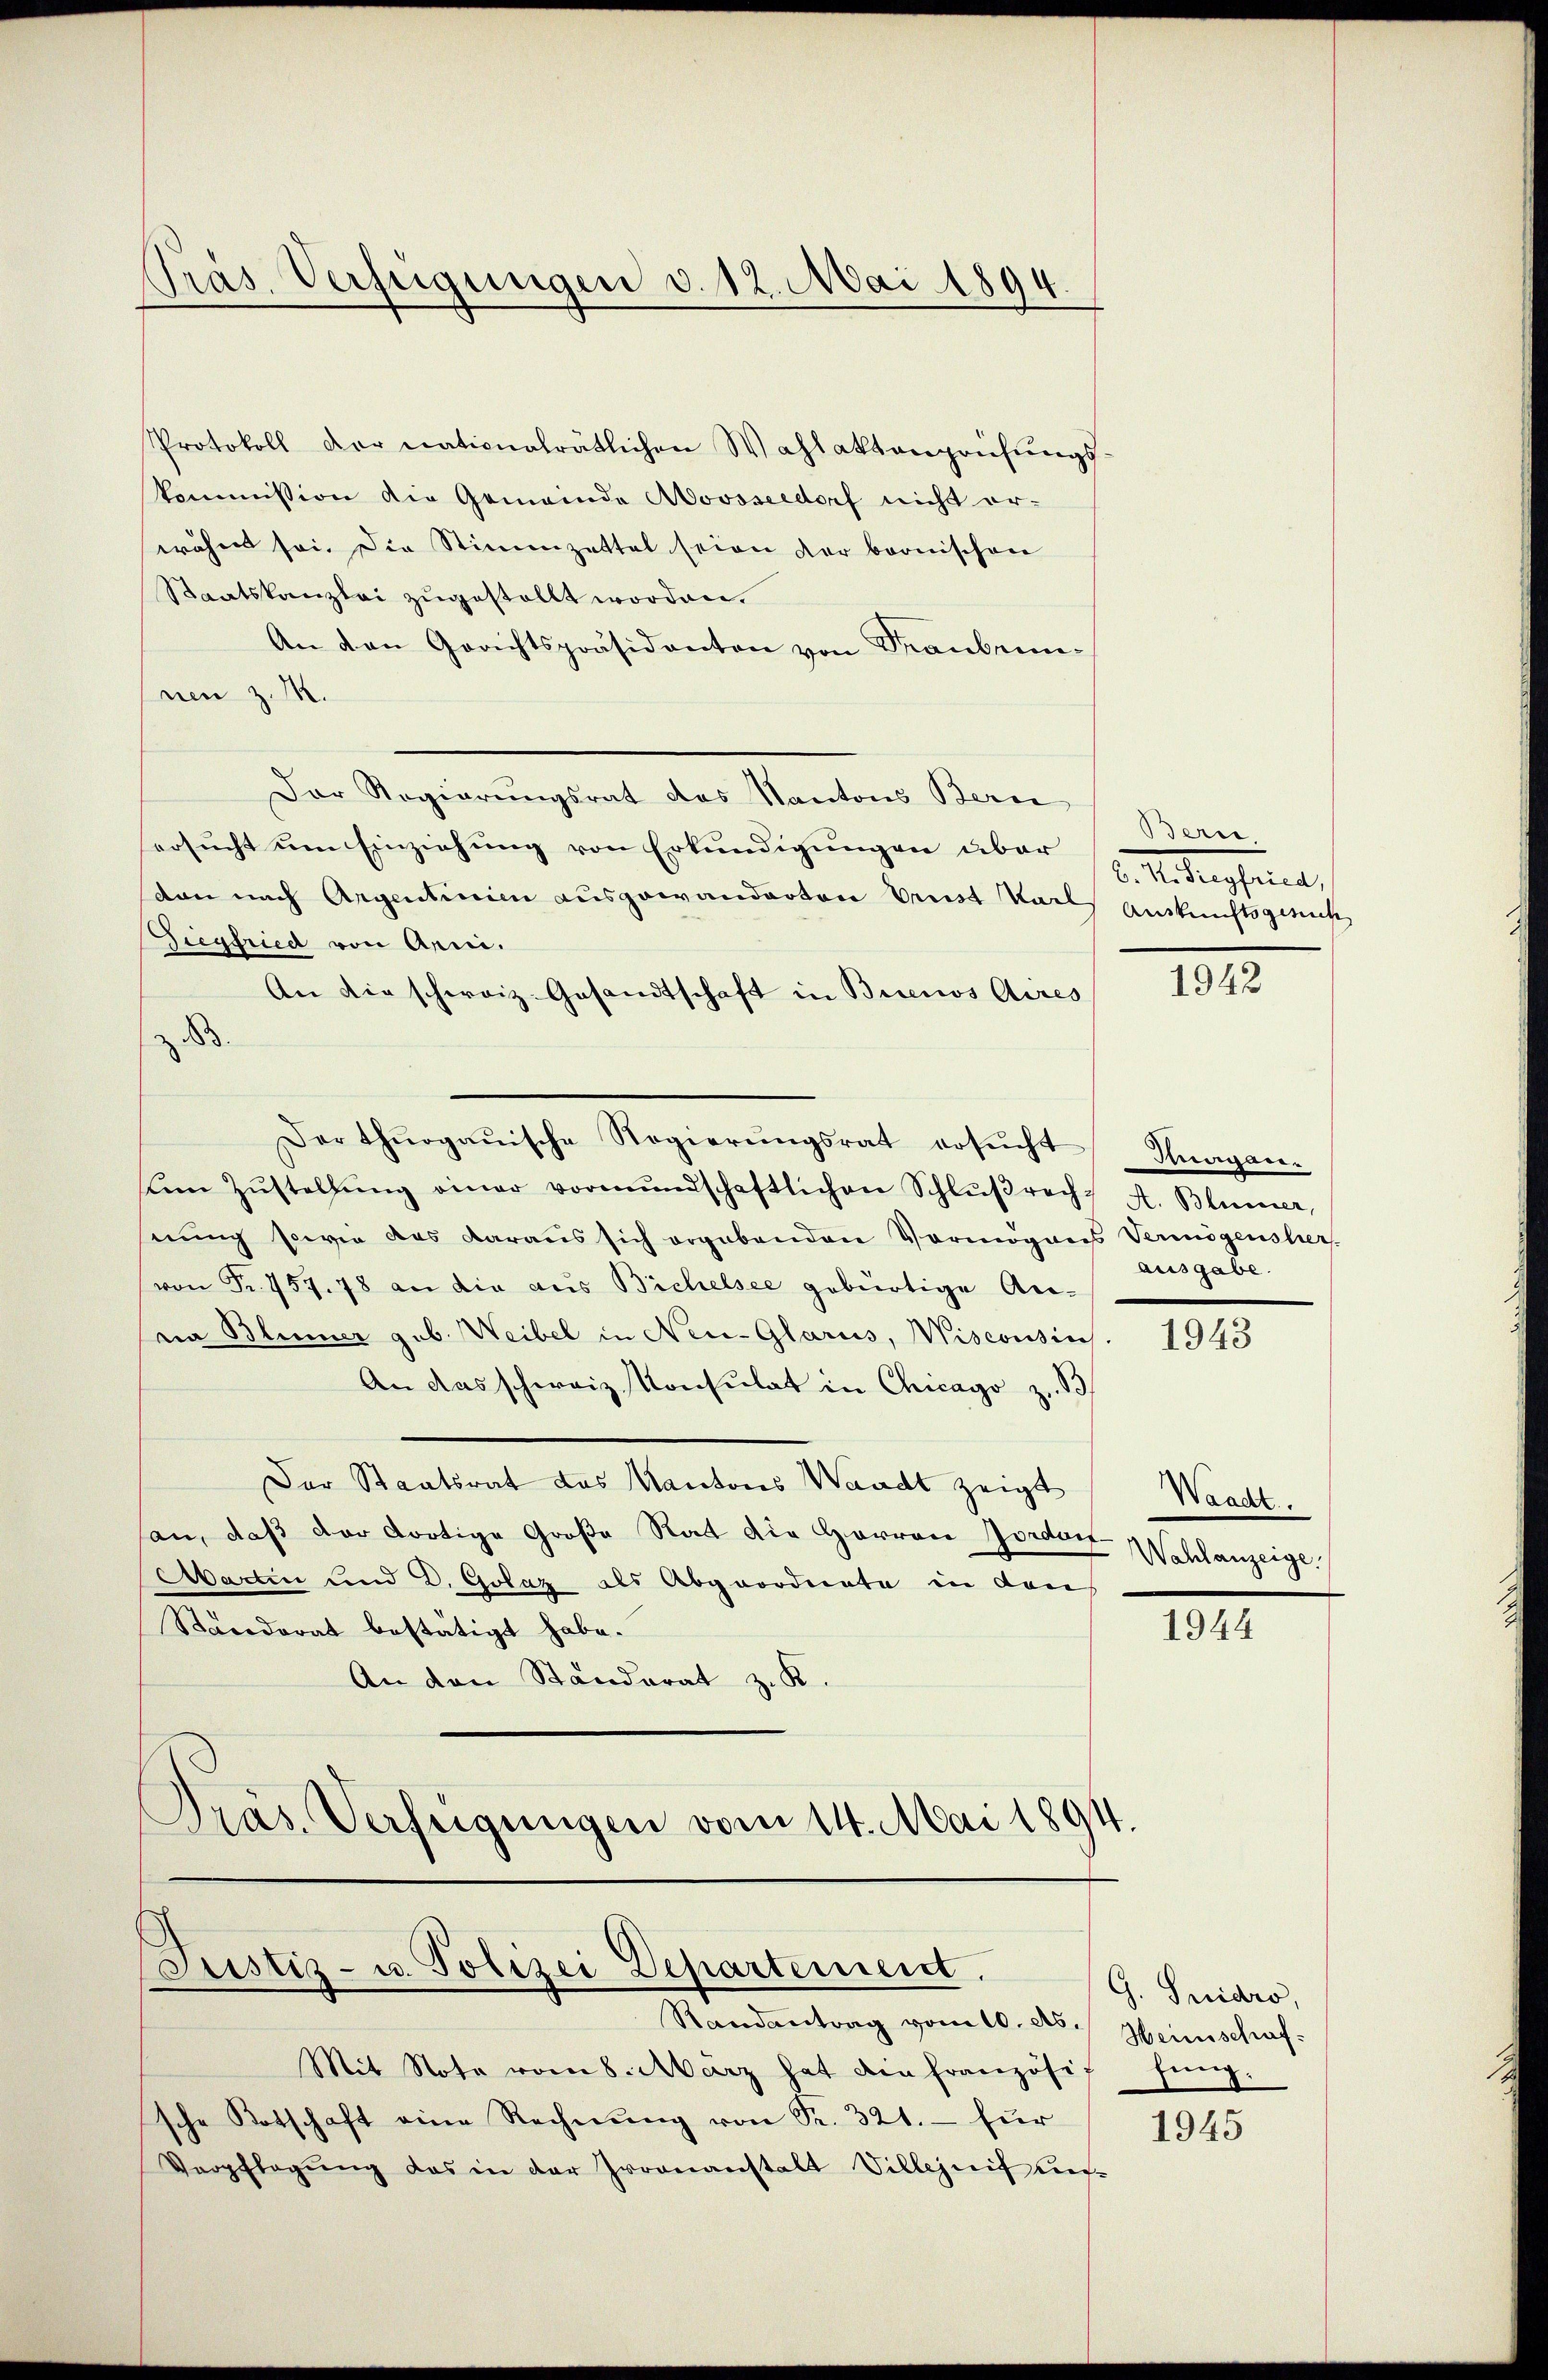
Präs. Verfügungen v. 12. Mai 1894.

Protokoll der nationalrätlichen Wahlaktenprüfŭngs-
kommission die Gemeinde Aovsseedorf nicht er-
erähnt sei. Die Stimmzettel seien der beonischen
Staatskanzlei zugestellt worden.
An den Gerichtspräsidenten von Traubennnen z. M.
Der Regierungsrat des Kantons Bern
ersucht um Einziehung von Erkundigungen über
den nach Argentinie ausgewanderten Prust Karls Auskunftsgericht
Siegfried von Anni.
An die schweiz. Gesandtschaft in Buenos Aires
.
Der thurgauische Regierŭngsrat ersŭcht
m Zŭstellŭng einer vormŭndschaftlichen Schlŭβrach A. Blümer,
serung sowie das daraus sich ergebenden Vermögens Vermögensher,
(von Fr. 457. 78 an die aus Bichelsee gebürtige An-
na Blümer gub. Weibel in Neu-Glarus, Wisconsin
An das schweiz. Konsulat in Chicago z. B
Der Staatsrat das Kantons Waadt zeigt
san, daß der dortige Große Rat die Herren Jordorf-
Aartin und 2. Golaz als Abgeordnete in dans
Sacedorat bestätigt habe.
An den Ständerat z. K.
Präs. Verfügungen vom 14. Mai 1894.

Justiz- u. Polizei Departement.

Randantrag vom 10. ds. Heimschaf-
Mit Note vom 8. März hat die französif füng-
sche Botschaft eine Rechnŭng von Sr. 321.- für
Verpflegung das in der Iroonanstalt Villejnif aus¬

Bern.
b. Meterscheint,

1942

Beganausgabe.

1943

Waadt.
Wahlanzeige

1944

G. Fridro,

1945